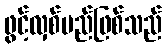
ဖွင့်လှစ်မည်ဖြစ်သည်